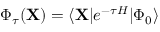
\begin{array} { r } { \Phi _ { \tau } ( \mathbf { X } ) = \langle \mathbf { X } | e ^ { - \tau H } | \Phi _ { 0 } \rangle } \end{array}